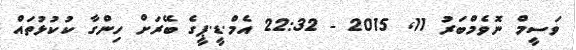
ވަސީމް ނޮވެމްބަރު 11